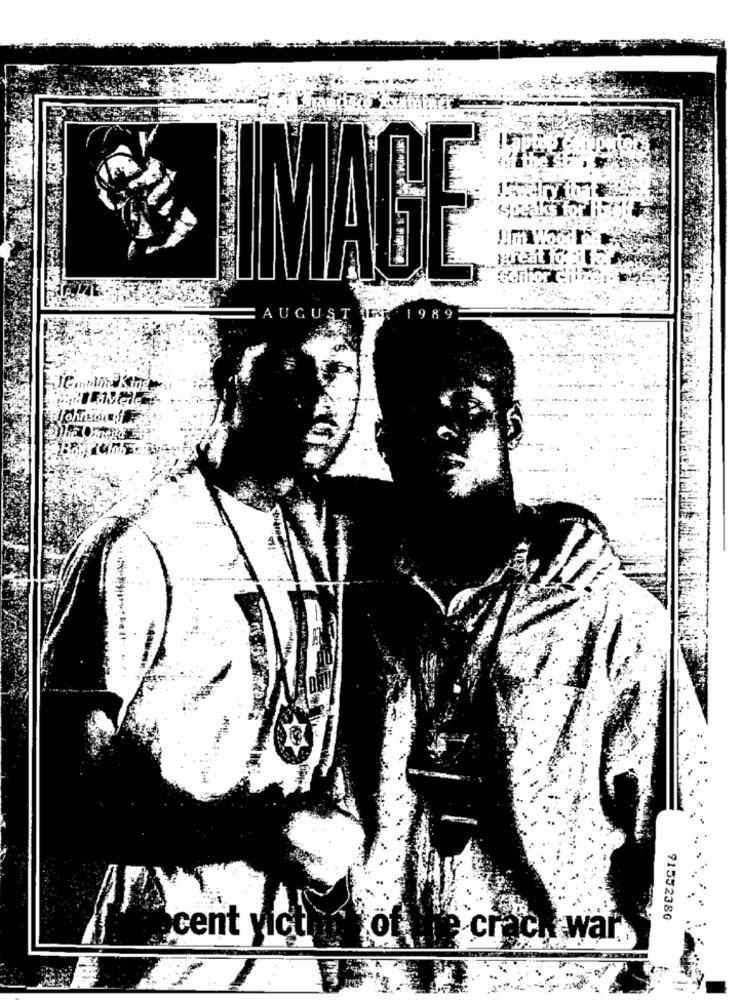
beaks for f
great io :1.
senior city
AUGUST IR 1989
91552380
cent yicti
crack war'